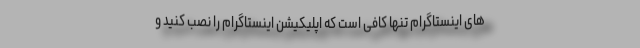
های اینستاگرام تنها کافی است که اپلیکیشن اینستاگرام را نصب کنید و